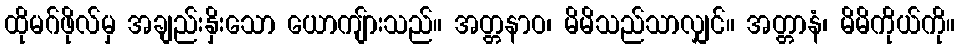
ထိုမဂ်ဖိုလ်မှ အချည်းနှိးသော ယောကျ်ားသည်။ အတ္တနာဝ၊ မိမိသည်သာလျှင်။ အတ္တာနံ၊ မိမိကိုယ်ကို။